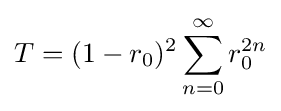
T=(1-r_{0})^{2}\sum _{n=0}^{\infty }r_{0}^{2n}